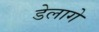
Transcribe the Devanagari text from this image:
डेलागे